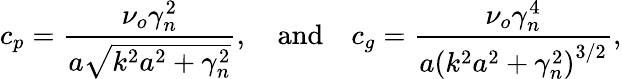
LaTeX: c_{p}=\frac{\nu_{o}\gamma_{n}^{2}}{a\sqrt{k^{2}a^{2}+\gamma_{n}^{2}}},\quad\textrm{and}\quad c_{g}=\frac{\nu_{o}\gamma_{n}^{4}}{a\left(k^{2}a^{2}+\gamma_{n}^{2}\right)^{3/2}},